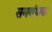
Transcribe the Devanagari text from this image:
समबंधक